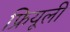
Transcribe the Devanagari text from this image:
फ्रियूली